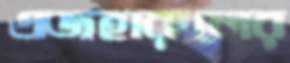
এজহারুলের